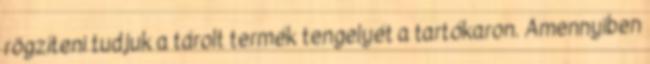
rögzíteni tudjuk a tárolt termék tengelyét a tartókaron. Amennyiben